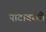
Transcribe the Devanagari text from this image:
पाटावरची